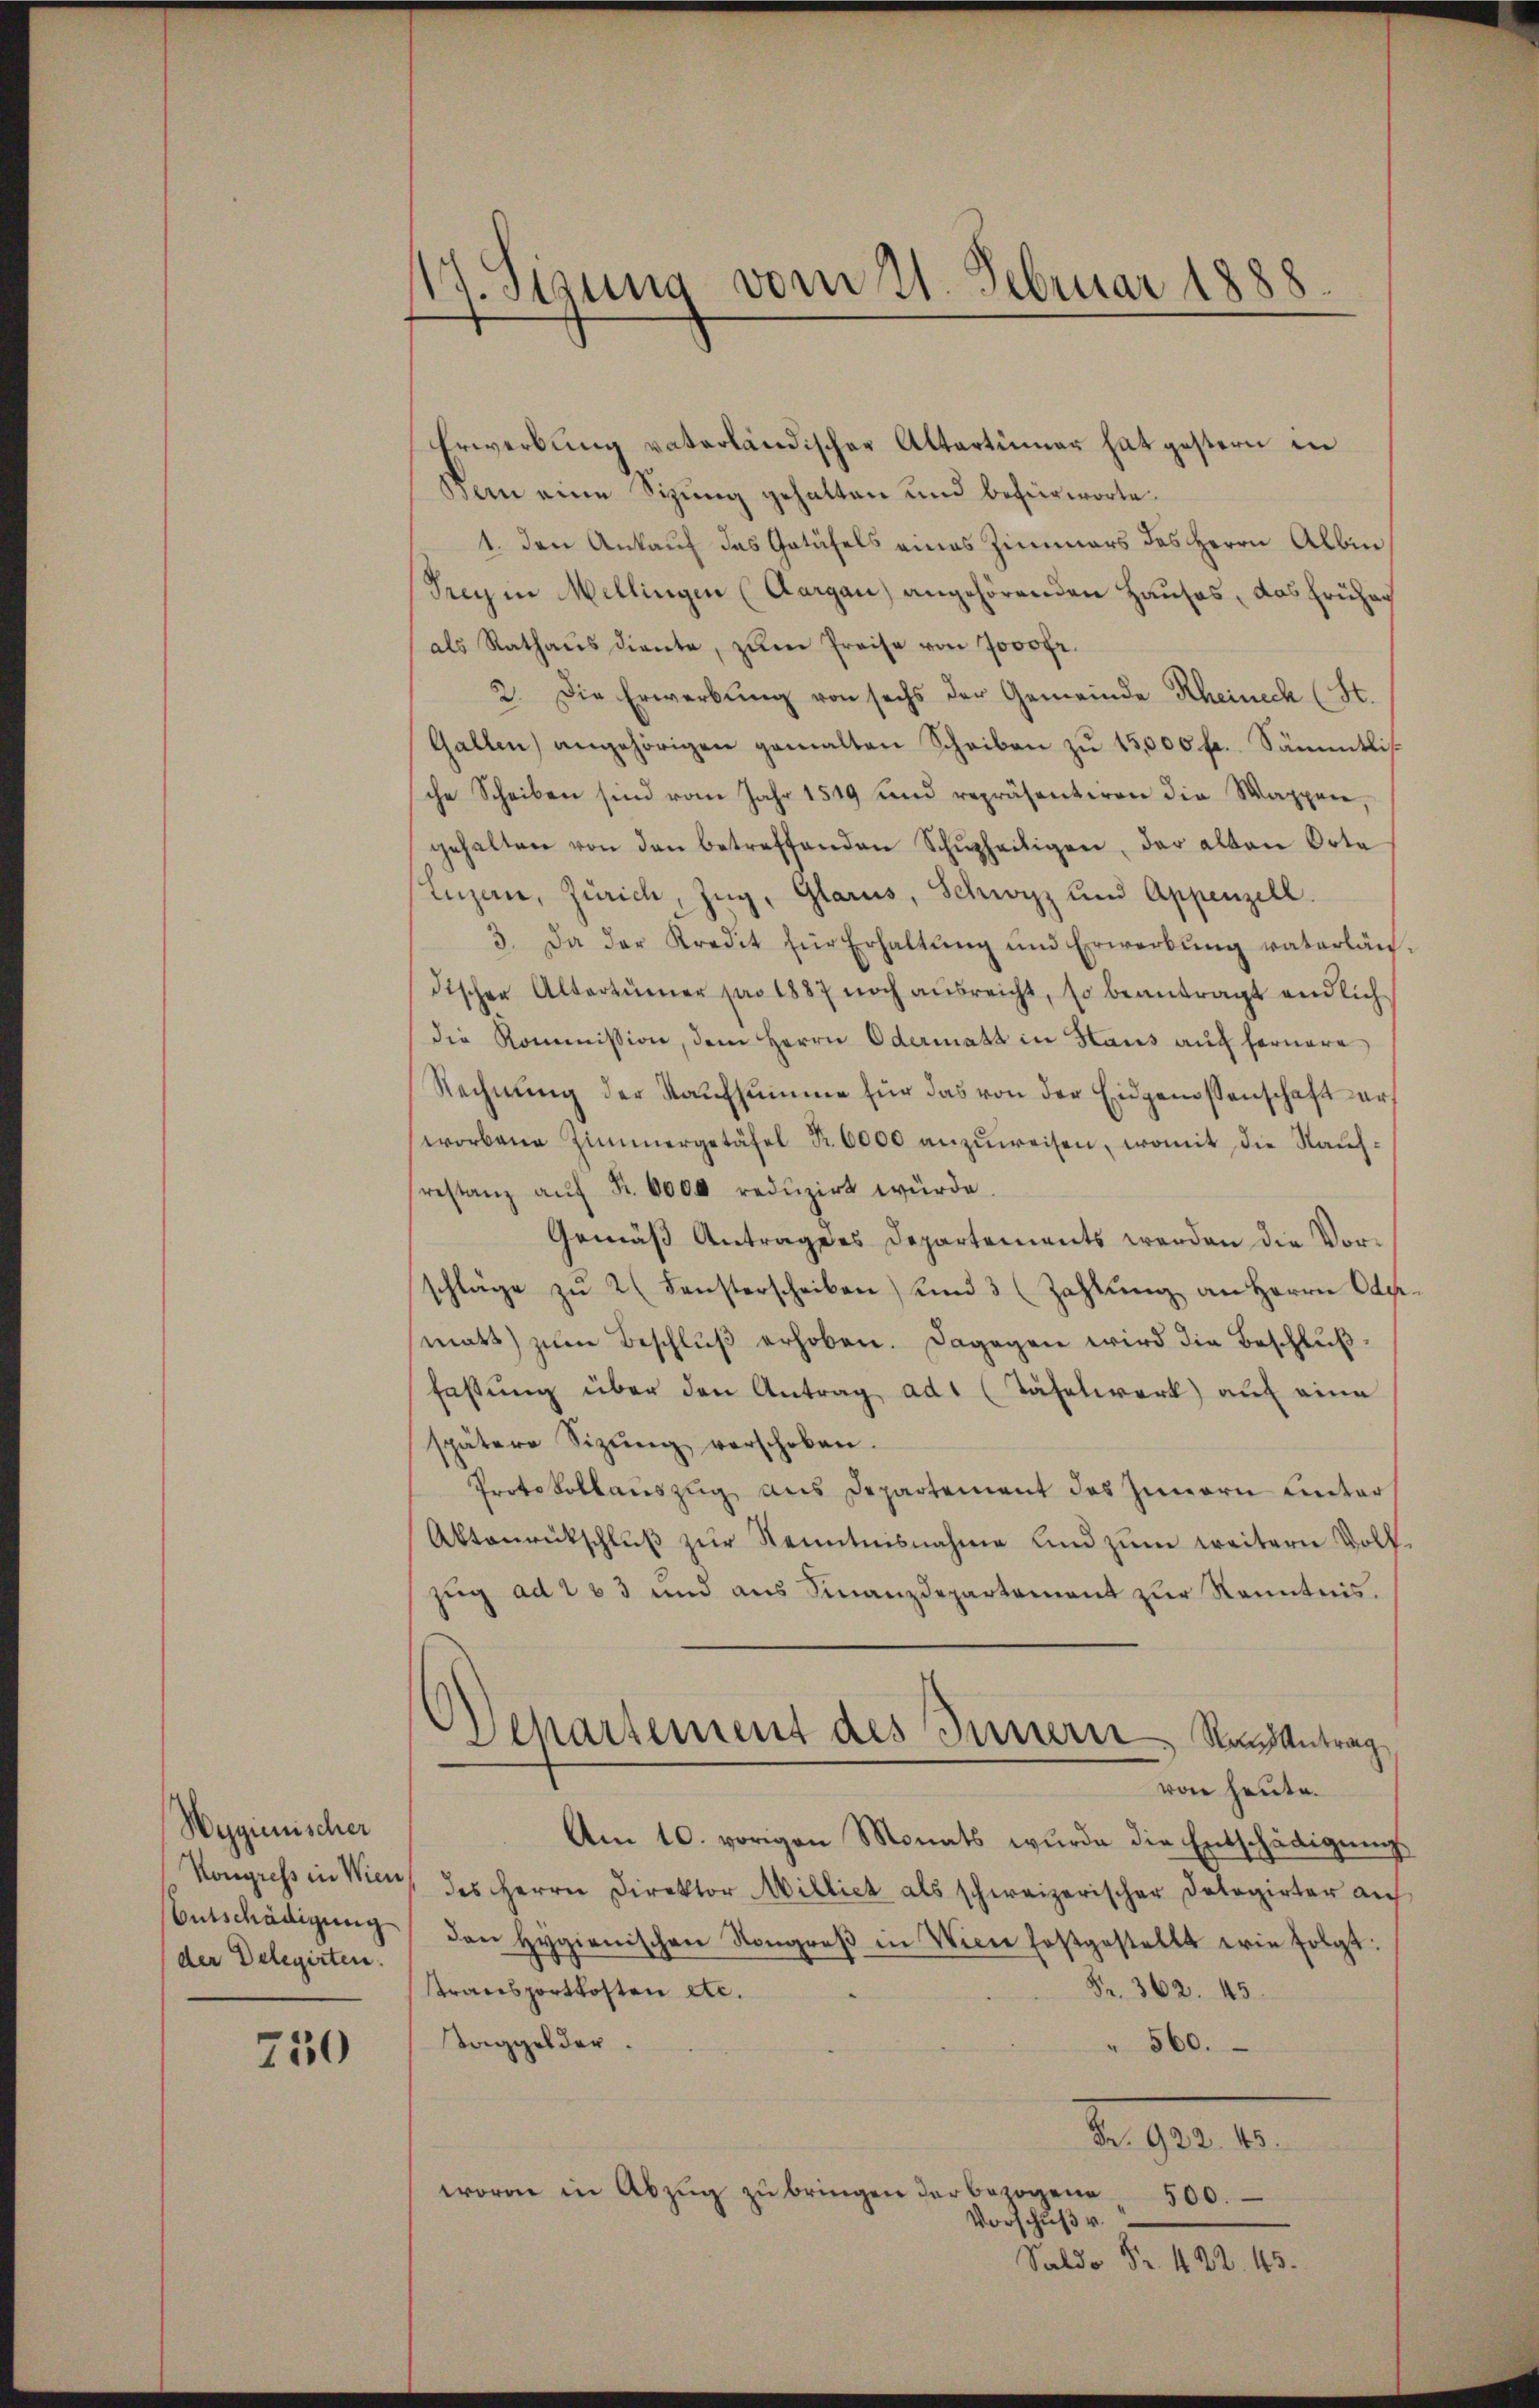
Wygienischer
Entschädigung
der Delegirten.

750

15 Sizung vom 21. Februar 1888.

Erwerbŭng vaterländischer Altertümer hat gestern in
Bern eine Sizung gehalten und befürworte.
1. den Ankauf das Getäfels eines Zimmers des Herrn Albin
Sey in Mellingen (Aargau) angehörenden Hauses, das früher
als Rathaus diente, zum Preise von 7000 fr.
2. Die Erwerbung von sechs der Gemeinde Rheinech (St.
Gallen) angehörigen gemalten Scheiben zu 15,000 fl. Sämmtliche Scheiben sind vom Jahr 1519 und repräsentiren die Wappen
gehalten von den betreffenden Schŭtheiligen, der alten Orte
Luzern, Zürich, Zug, Glarus, Schwyz und Appenzell.
3. Da der Kredit für Erhaltŭng und Erwerbŭng vaterlän
dischen Altertümer pro 1887 noch ausreicht, so beantragt endlich
die Kommission, dem Herrn Odermatt in Haus aŭf fernere
Rechnŭng der Kaufsumme für das von der Eidgenossenschaft erworbene Zimmergetäfel Fr. 6000 anzŭweisen, womit die Raŭf-
restanz aŭf Fr. 6000 redŭzirt würde
Gemäß Antrage es Departements werden die Vorschläge zŭ 2 (Fensterscheiben und 3 (Zahlŭng an Herrn Op
matt zŭm Beschlŭβ erhoben. Dagegen wird die Beschluß,
fassŭng über den Antrag ad1 (Täfelwerk auf eine
spätere Sizŭng verschoben.
Protokollauszug aus Departement des Innern unter
Aktenrückschluß zur Kenntnisnahme und zum weitern Voll
zug ad 263 und aus Finanzdepartement zur Kenntnis.
Departement des Innern Randantrag
von heute.
Am 10. vorigen Monats wurde die Entschädigungs
Kongress in Wien, des Herrn Direktor Millich als schweizerischer Dologirter auf
den Hygienischen Kongreβ in Vice festgestellt wie folgt:
Fr. 362. 45.
transportkosten etc.
Taggelder.
560.
J.ges. 1.
woro in Abzŭg zŭ bringen der bezogene 500.
Vorschuß v.
Saldo Fr. 422. 43.